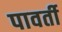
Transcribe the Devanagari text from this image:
पावर्ती